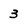
Character: 3